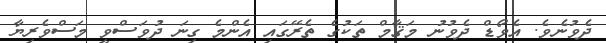
ދެވުނެވެ. އެވޯޑް ދެވުނު މަޤާމް ތަކުގެ ތެރޭގައި އެންމެ ގިނަ ދުވަސްވީ މަސްވެރިޔާ